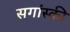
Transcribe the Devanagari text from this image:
सगांस्की